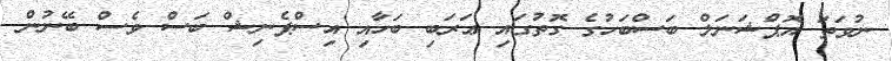
ނުވަތަ އޮޕްޝަނަލް ބަސްބަހުގެ ގޮތުގައި ޢަރަބި ބަހާއި އިސްޕެނިޝް ބަސް ވެސް ބޭނުން